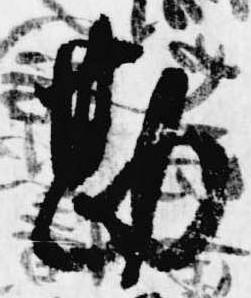
勘